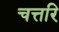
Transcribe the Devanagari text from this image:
चत्तरि